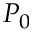
P _ { 0 }